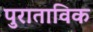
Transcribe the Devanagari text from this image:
पुराताविक